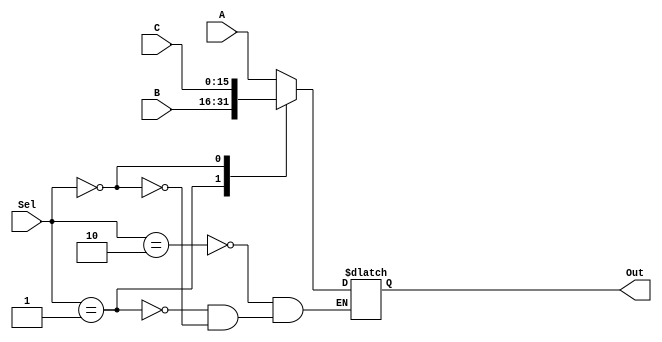
module Mux3to1(A, B, C, Sel, Out);
	input [15:0] A, B, C;
	input [1:0] Sel;
	output [15:0] Out;
	reg [15:0] Out_register;
	assign Out = Out_register ;
always @(Sel or A or B or C)
	begin
		case(Sel)
			2'b10: Out_register <= A;
			2'b01: Out_register <= B;
			2'b00: Out_register <= C;
		endcase
	end
endmodule